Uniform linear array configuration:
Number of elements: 16
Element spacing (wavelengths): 1
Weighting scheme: hann
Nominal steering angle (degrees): -45
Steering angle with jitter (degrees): -46.327
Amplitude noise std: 0.05
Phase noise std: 0.05

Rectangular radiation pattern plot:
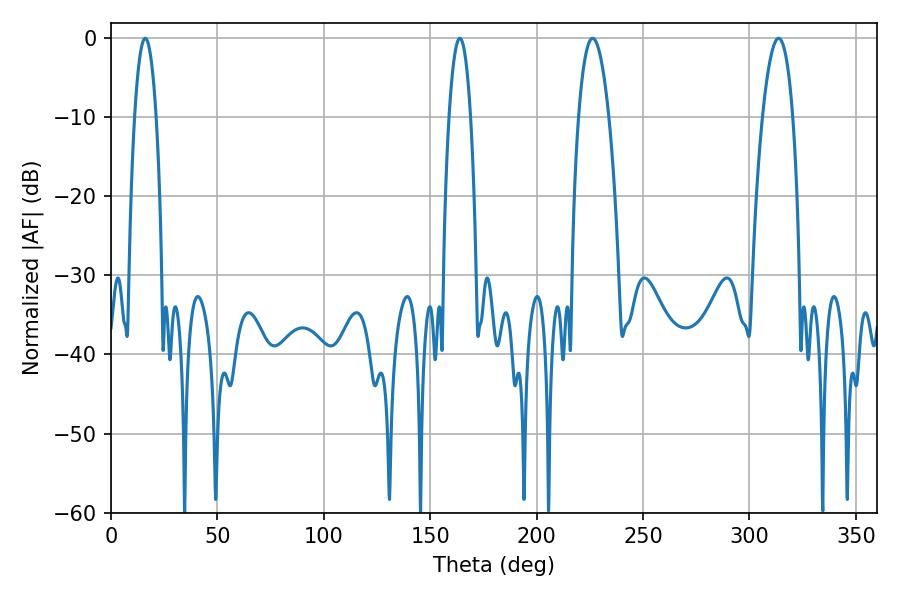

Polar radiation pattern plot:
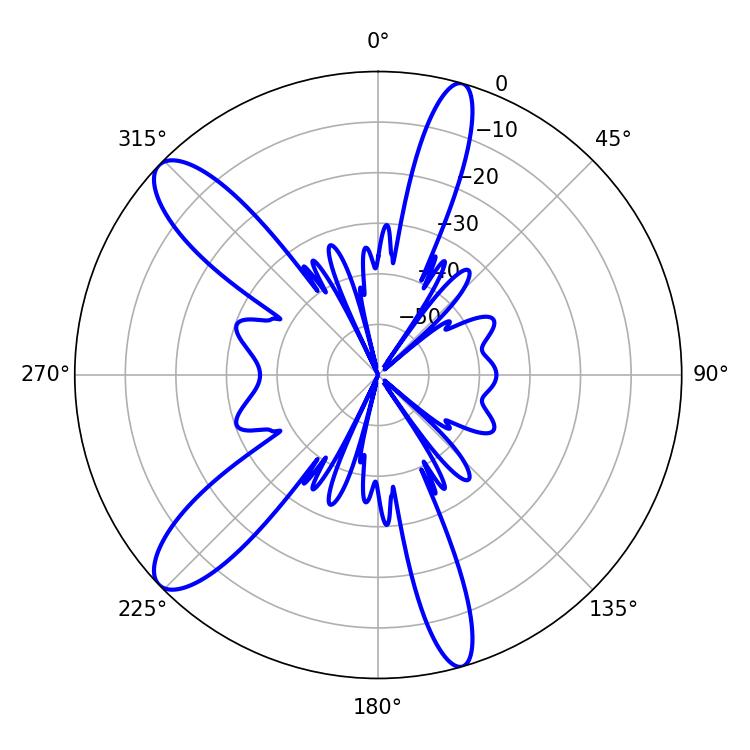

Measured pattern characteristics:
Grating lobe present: TRUE
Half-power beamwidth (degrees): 7.92
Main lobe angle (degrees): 226.26